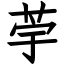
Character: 荢